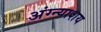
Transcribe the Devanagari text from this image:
अंग्न्याशय